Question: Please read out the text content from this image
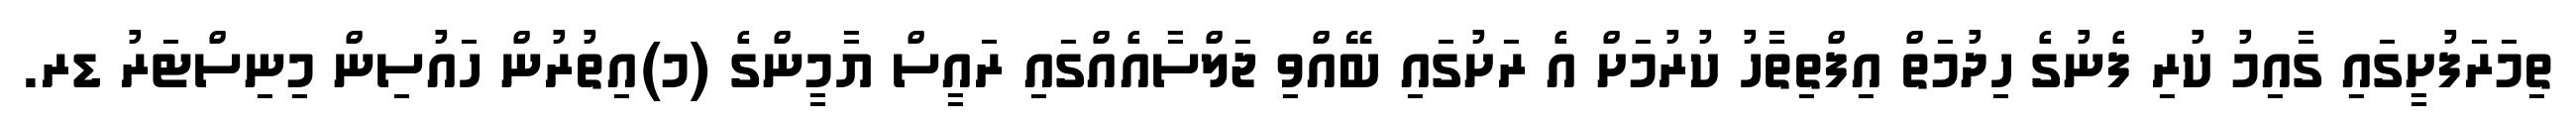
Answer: ތިމަރަފުށީގައި ގާއިމު ކުރި ފެނުގެ ހިދުމަތް އިފްތިތާހު ކުރުމަށް އެ ރަށުގައި ބޭއްވި ޖަލްސާއެއްގައި ރައީސް ޔާމީންގެ (މ)އިތުރުން ހައުސިން މިނިސްޓަރު ޑރ.